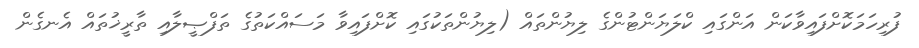
ފުރިހަމަކޮށްފައިވާކަން އަންގައި ކްލަޔަންޓުންގެ ލިޔުންތައް (ލިޔުންތަކުގައި ކޮށްފައިވާ މަސައްކަތުގެ ތަފްޞީލާއި ތާރީޚުތައް އެނގެން